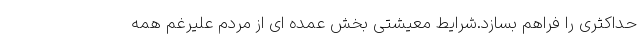
حداکثری را فراهم بسازد.شرایط معیشتی بخش عمده ای از مردم علیرغم همه